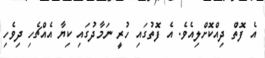
އެ ފޮތް ދިއްކޮށްލިއެވެ. އެ ފޮތުގައި ހުރީ ނަމާދުގައި ކިޔާ އެއްޗެހި ދިވެހި